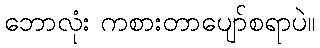
ဘောလုံး ကစားတာပျော်စရာပဲ။